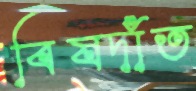
বিষদাঁত